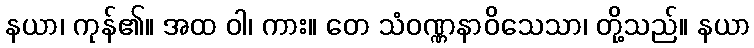
နယာ၊ ကုန်၏။ အထ ဝါ၊ ကား။ တေ သံဝဏ္ဏနာဝိသေသာ၊ တို့သည်။ နယာ